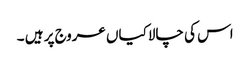
اس کی چالاکیاں عروج پر ہیں ۔